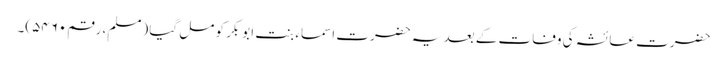
حضرت عائشہ کی وفات کے بعد یہ حضرت اسماء بنت ابوبکر کو مل گیا (مسلم، رقم۵۴۶۰)۔